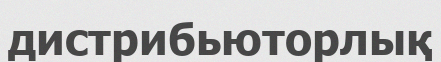
дистрибьюторлық